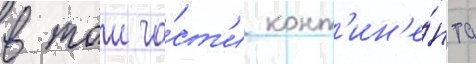
в тои ча́ст'и конт'ин'е́нта